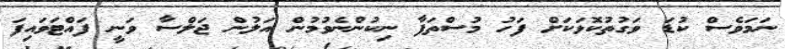
ނަމަވެސް ކުޑަ ވަގުތުކޮޅަކަށް ފަހު މުސްތަފާ ނިކުންނެވުމުން އަލުން ޖަލްސާ ވަނީ ފައްޓަވައިފަ